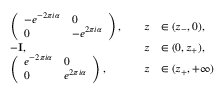
\begin{array} { r l r l } & { \left( \begin{array} { l l } { - e ^ { - 2 \pi i \alpha } } & { 0 } \\ { 0 } & { - e ^ { 2 \pi i \alpha } } \end{array} \right) , \quad } & { z } & { \in ( z _ { - } , 0 ) , } \\ & { - \mathbf { I } , \quad } & { z } & { \in ( 0 , z _ { + } ) , } \\ & { \left( \begin{array} { l l } { e ^ { - 2 \pi i \alpha } } & { 0 } \\ { 0 } & { e ^ { 2 \pi i \alpha } } \end{array} \right) , \quad } & { z } & { \in ( z _ { + } , + \infty ) } \end{array}